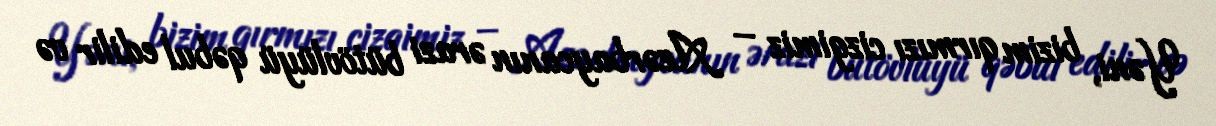
Yəni, bizim qırmızı cizgimiz – Azərbaycanın ərazi bütövlüyü qəbul edilir və